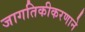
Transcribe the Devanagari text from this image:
जागतिकीकरणाने